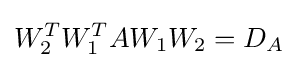
W_{2}^{T}W_{1}^{T}AW_{1}W_{2}=D_{A}